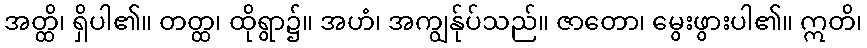
အတ္ထိ၊ ရှိပါ၏။ တတ္ထ၊ ထိုရွာ၌။ အဟံ၊ အကျွန်ုပ်သည်။ ဇာတော၊ မွေးဖွားပါ၏။ ဣတိ၊